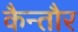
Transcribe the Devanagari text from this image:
कैन्तौर